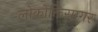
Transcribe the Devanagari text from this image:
लोकोक्तिसागर